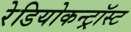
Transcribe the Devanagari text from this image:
रेडियोकन्ट्रॉस्ट